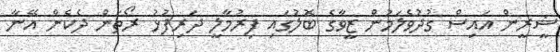
ޝީރީން އައިސް ގުދުވެލަމުން ޒީވާގެ ބޮލުގައި ފިރުމާލީ ދަރިފުޅު ރޯތަން ދެކެން އޭނާ